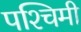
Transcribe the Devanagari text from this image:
पश्‍चिमी